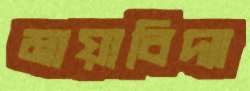
মায়াবিদ্যা